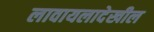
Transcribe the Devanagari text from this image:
लावायलादेखील